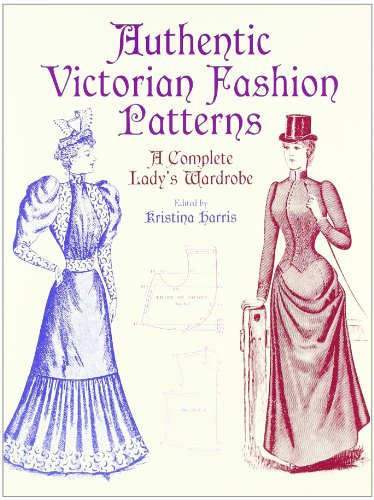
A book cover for Authentic Victorian Fashion Patterns: A Complete Lady's Wardrobe (Dover Fashion and Costumes); Crafts, Hobbies & Home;